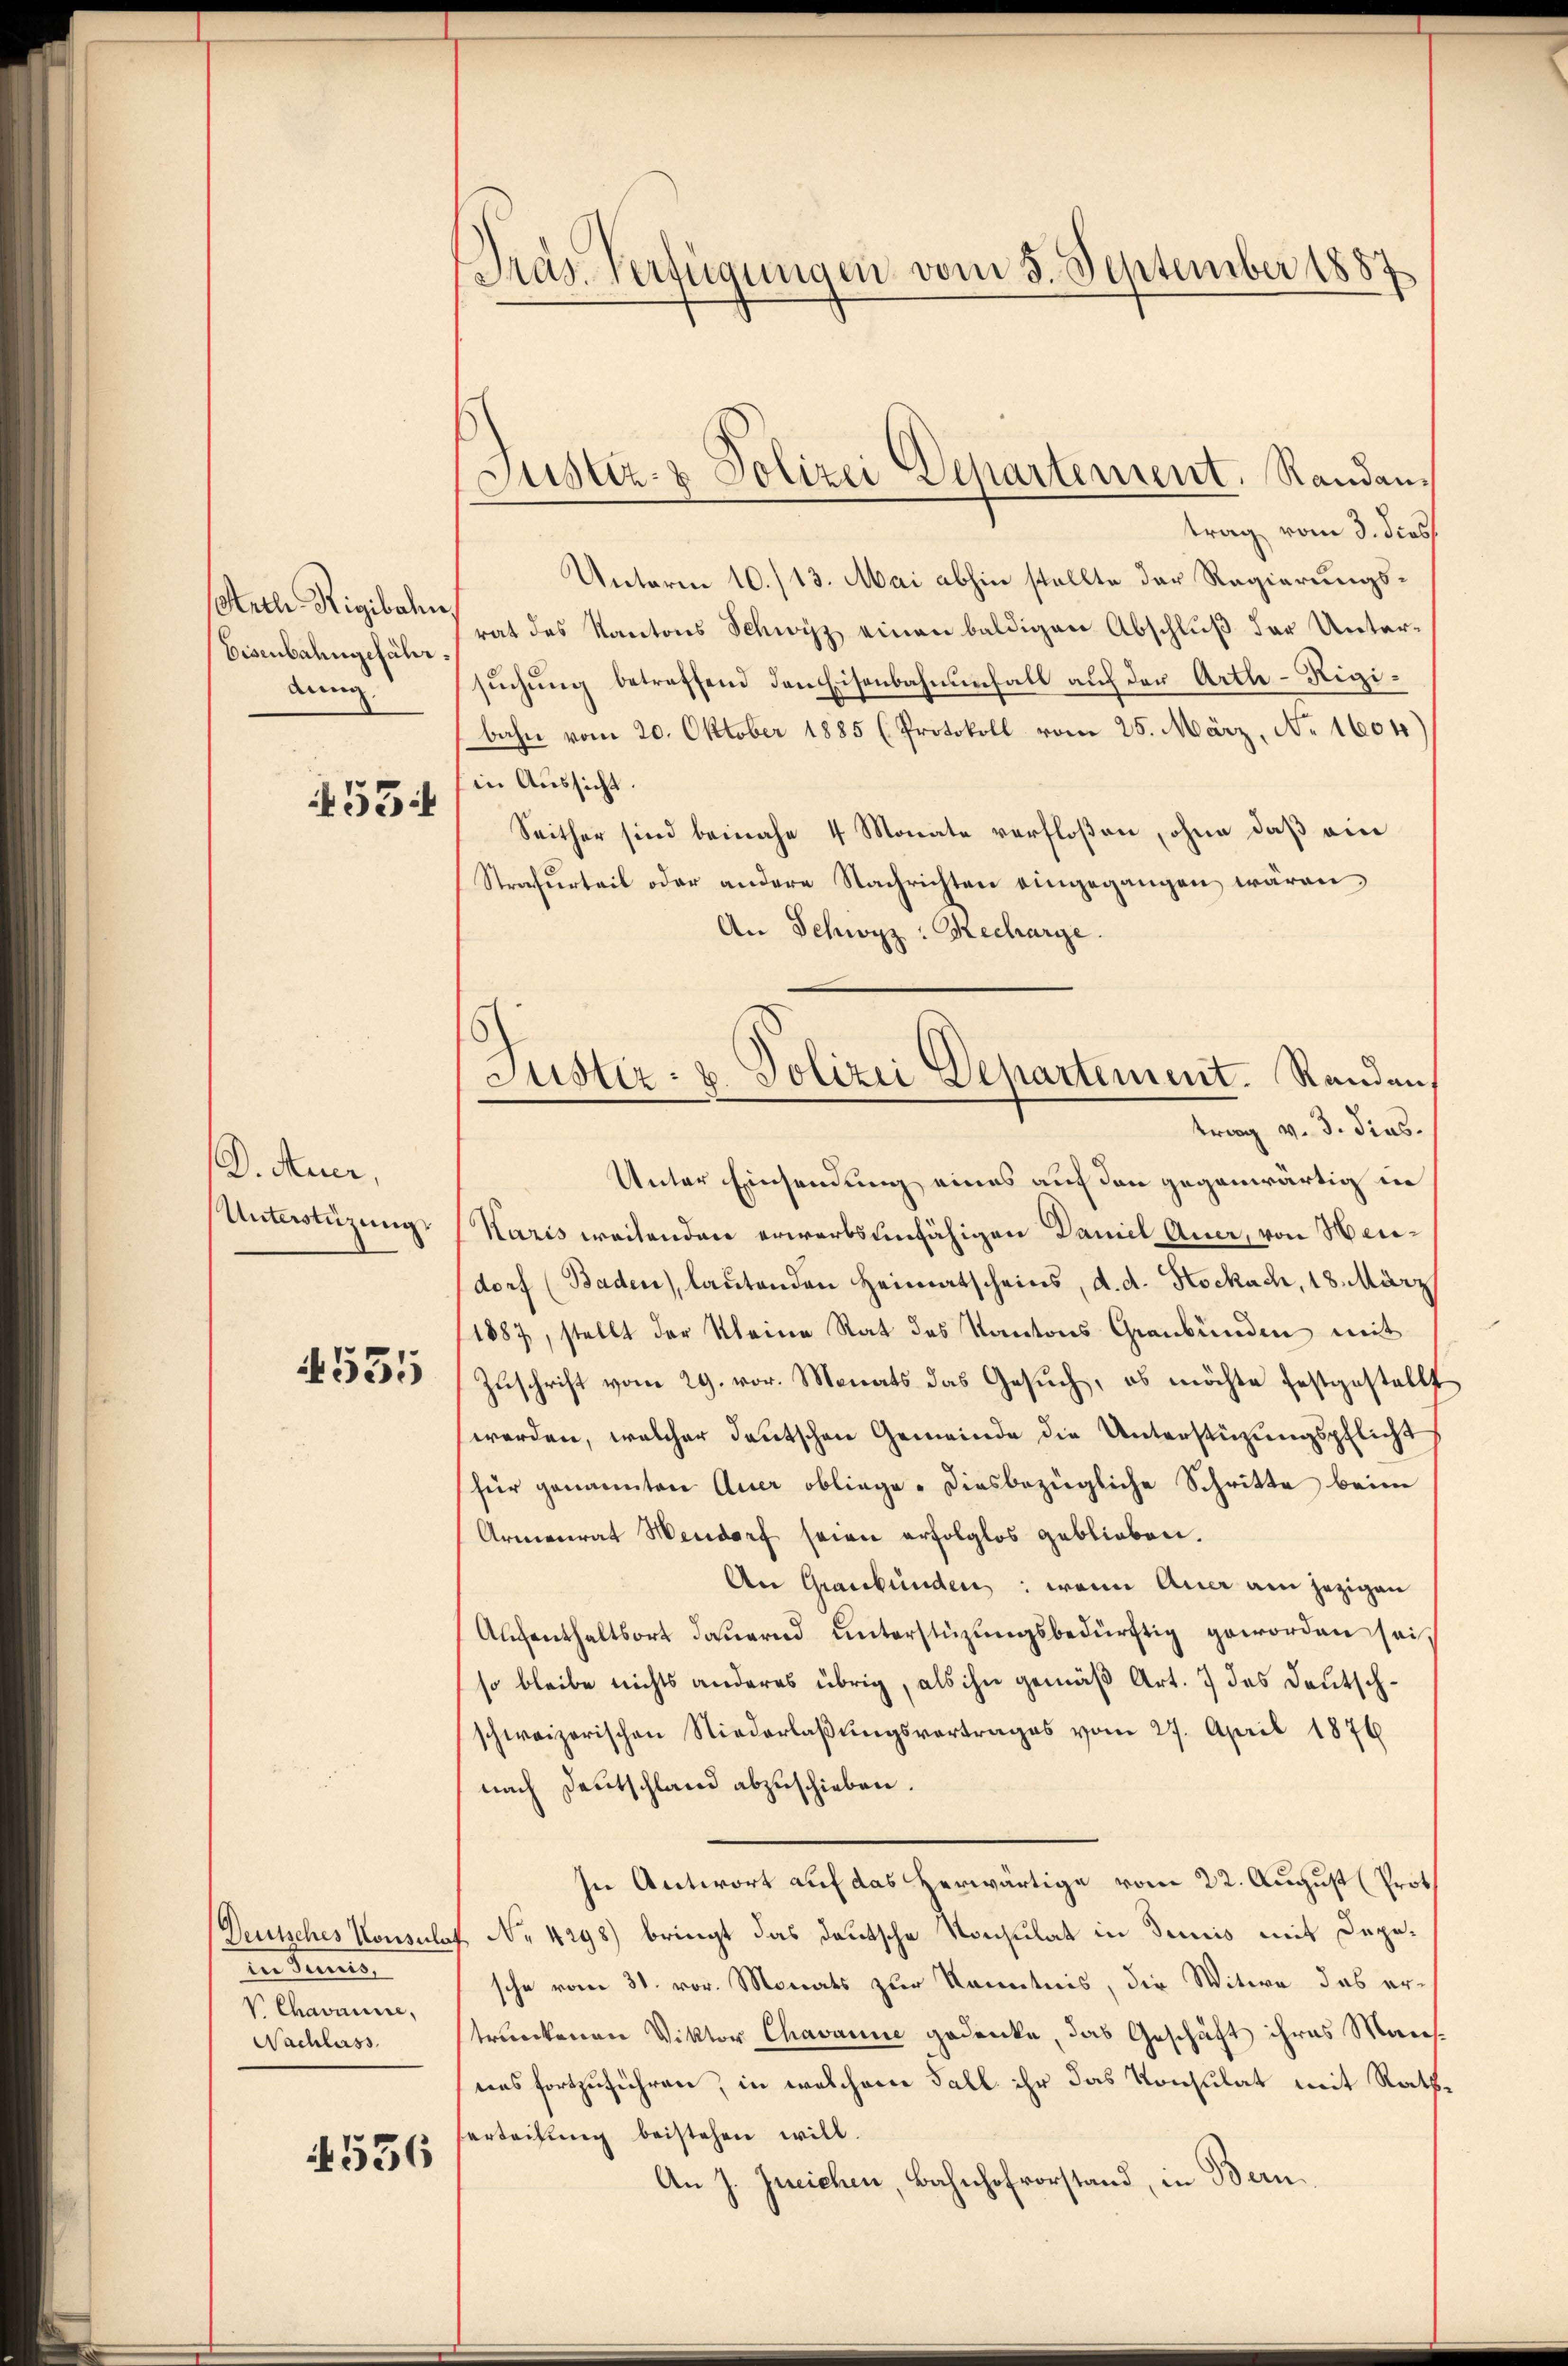
Otuch Rigibahn,
Eisenbahngefährding

453

D. Auer.
Unterstüzungs

531

Deutsches Konsuls
indung
V Charinne,
Nachlass

536

Dras Verfügungen vom 3. September 1887

Justiz- & Polizei Departement. Randan¬

trag vom 3. dies
Unterm 10./13. Mai abhin stellte der Regierungsrat des Kantons Schwyz einen baldigen Abschluß der Untersuchung betreffend den Eisenbahnenfall auf der Arth-Rigibahn vom 20. Oktober 1885 (Protokoll vom 25. März, No. 1604
in Aussicht.
Seither sind beinahe 4 Monate verfloßen, ohne daß ein
Strafurteil oder andere Nachrichten eingegangen wären,
An Schwyz: Recharge.
Unter Einsendung eines auf den gegenwärtig in
Karis weitenden erwartseinfähigen Daniel Auer, von Herdorf (Baden), lautenden Heimatscheins, d. d. Kockach, 18. März
1887, stellt der Kleine Rat des Kantons Graubünden mit
Zuschrift vom 29. vor. Monats das Gesuch, es möchte festgestellt
werden, welcher deutschen Gemeinde die Unterstüzungspflicht
für genannten Auer obliege. Diesbezügliche Schritte beim
Armenrat Mendorf seien erfolglos geblieben.
An Graubünden: wenn Auer am jezigen
Aufenthaltsort dauernd unterstüzungsbedürftig geworden sei
so bleibe nichts anderes übrig, als ihn gemäß Art. 7 des Deutschschweizerischen Niederlaßungsvortrages vom 27. April 1876
nach Deutschland abzuschieben.
In Antwort auf das herwärtige vom 22. August (Prot
 No 4298) bringt das deutsche Konsulat in demnis mit Depesche vom 31. vor. Monats zur Kenntnis, die Witwe das ertrunkenen Viktor Chavanne gedenke, das Geschäft ihres Mansuas fortzuführen, in welchem Fall ihr das Konsulat mit Ratherteilung beistehen will.
An J. Ineichen, Bahnhofvorstand, in Bern

6
Justiz- u. Polizei Departement. Randen,
trag v. 3. dies¬